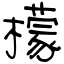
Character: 檬